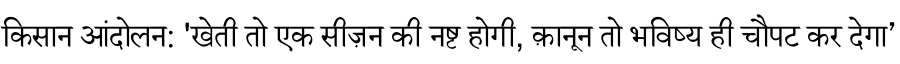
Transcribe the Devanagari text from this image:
किसान आंदोलन: 'खेती तो एक सीज़न की नष्ट होगी, क़ानून तो भविष्य ही चौपट कर देगा’